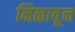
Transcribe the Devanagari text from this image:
मिळावून